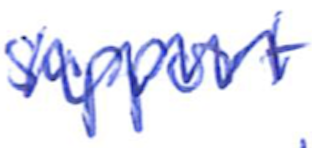
Text: support
Cross-out: zig-zag
Writing tool: ballpoint